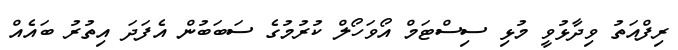
ރިފްއަތު ވިދާޅުވީ މުޅި ސިސްޓަމް އޯވަހޯލް ކުރުމުގެ ސަބަބުން އެފަދަ އިތުރު ބައެއް